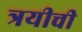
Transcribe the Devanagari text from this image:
त्रयीची